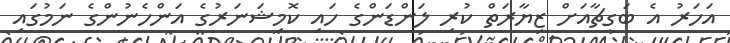
އަހަރު އެ ބަގީޗާއަށް ޒިޔާރަތް ކުރި ލަންޑަންގެ ހައި ކޮމިޝަނަރުގެ އަންހެނުންގެ ނަމުގައި